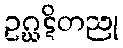
ဥဂ္ဃဋိတညု